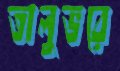
তালুভরে